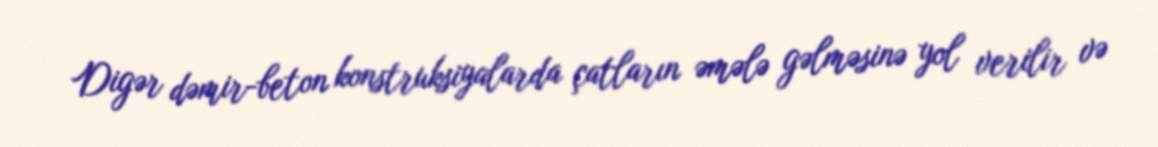
Digər dəmir-beton konstruksiyalarda çatların əmələ gəlməsinə yol verilir və